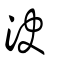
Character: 决